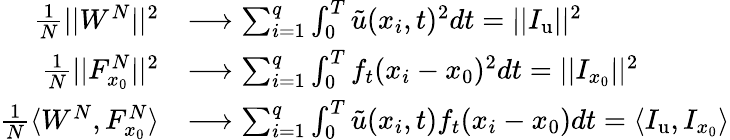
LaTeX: \begin{array}{rl}{\frac{1}{N}||W^{N}||^{2}}&{\longrightarrow\sum_{i=1}^{q}\int_{0}^{T}\tilde{u}(x_{i},t)^{2}dt=||I_{\mathrm{u}}||^{2}}\\ {\frac{1}{N}||F_{x_{0}}^{N}||^{2}}&{\longrightarrow\sum_{i=1}^{q}\int_{0}^{T}f_{t}(x_{i}-x_{0})^{2}dt=||I_{x_{0}}||^{2}}\\ {\frac{1}{N}\langle W^{N},F_{x_{0}}^{N}\rangle}&{\longrightarrow\sum_{i=1}^{q}\int_{0}^{T}\tilde{u}(x_{i},t)f_{t}(x_{i}-x_{0})dt=\langle I_{\mathrm{u}},I_{x_{0}}\rangle}\end{array}